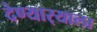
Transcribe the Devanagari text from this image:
देण्यार्‍याला